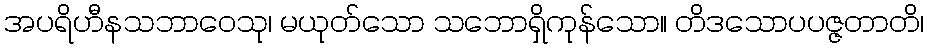
အပရိဟီနသဘာဝေသု၊ မယုတ်သော သဘောရှိကုန်သော။ တိဒသောပပဇ္ဇတာတိ၊